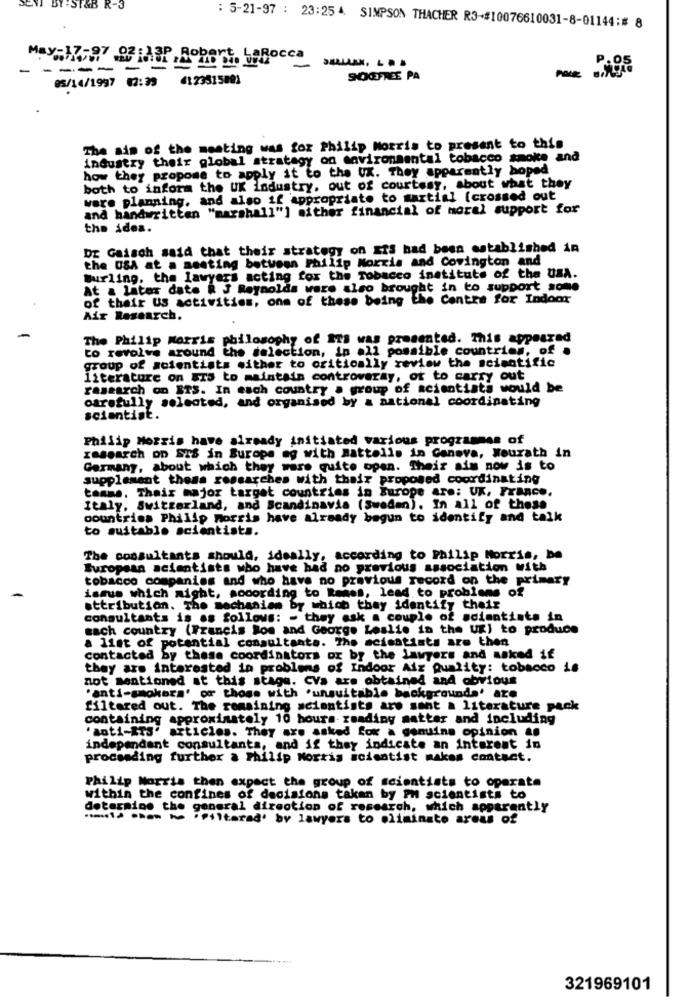
SEMI BY-ST&B R-3
: 5-21-97 : 23:25 4. SIMPSON THACHER R3-#10076610031-8-01144:# 8
May-17-97 02 REP. Robert. LaBocca
-
---- -
05/14/1997 02:39 4123515801
SOCFREE PA
The aim of the meeting was for Philip Morris to present to this
industry their global strategy on mavironmental tobacco smoke and
how they propose to apply it to the UX. They apparently hoped
both to inform the UK industry. out of courtesy, about what they
were planning, and also if appropriate to martial [crossed out
and handwritten "marshall"] aither financial of moral support for
the idea.
DE Gaisch said that their strategy on Ers had been established in
the USA at a meeting between Philip Morris and Covington and
Burling, the lawyers acting for the Tobacco institute of the USA.
At a later date R J Reynolds were also brought in to support some
of their US activities, one of these being the Centre for Indoor
Air Research.
The Philip Morris philosophy of ITS was presented. This appeared
to revolve around the selection, in .11 possible countries, of .
group of scientists either to critically review the scientific
literature on srs to maintain controversy, ot to carry out
rasearch on STS. In each country a group of scientists would be
carefully selected, and organised by & national coordinating
scientist.
Philip Morris have already initiated various programmes of
research on SIS in Burope eg with Battello in Geneva, Wourath in
Germany, about which they were quite open. Their aim now is to
supplement thesa researches with their proposed coordinating
teams, Thais major target countries in Europe are: UK, France.
Italy, Switzerland, and Scandinavia (Sweden). In all of these
countries Philip morris have already begun to identify and talk
to suitable scientists.
The consultants should, ideally, according to Philip Morris, be
European acientists who have had no previous association with
tobacco companies and who have no previous record on the primary
ismus which might, according to Reses, lead to problems of
attribution. The mechanism by which they identify their
consultants is as follows: - they ask a couple of scientists in
mach country (Francis Ros and George Leslie in the UK) to produce
a list of potential consultants. The scientists are then
contacted by these coordinators ox by the lawyers and asked if
they are interested in problems of Indoor Air Quality: tobacco is
not mentioned at this stage. CVa are obtained and obvious
"anti-smokers' of those with 'unsuitable backgrounds' aze
filtered out. The remaining scientists are sont a literature pack
containing approximately 10 hours- reading matter and including
"anti-ITS" articles. They are asked for a genuine opinion as
independant consultants, and if they indicate an interest in
proceeding further a Philip Morris scientist makes contact.
Philip Morris then expect the group of scientists to operate
within the confines of decisions taken by PH scientists to
determine the general direction of research, which apparently
.must> when he "filtered' by lawyers to eliminate areas of
321969101